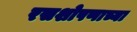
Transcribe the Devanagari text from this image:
रसशोषणाच्या